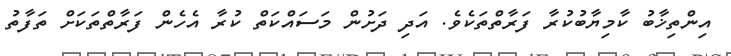
އިންތިޚާބު ކާމިޔާބުކުރާ ފަރާތްތަކެވެ. އަދި ދަށުން މަސައްކަތް ކުރާ އެހެން ފަރާތްތަކަށް ތަފާތު